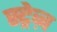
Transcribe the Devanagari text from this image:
स्ट्रेज़